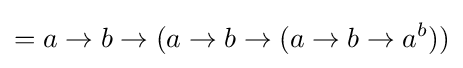
=a\to b\to (a\to b\to (a\to b\to a^{b}))